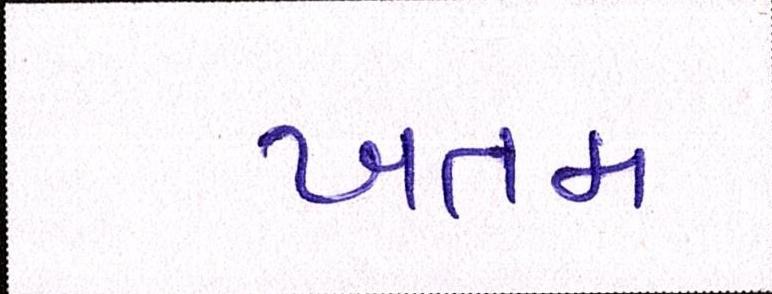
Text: ખતમ